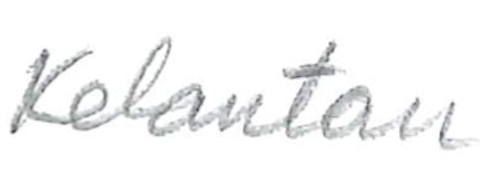
Text: Kelantan
Cross-out: clean
Writing tool: pencil